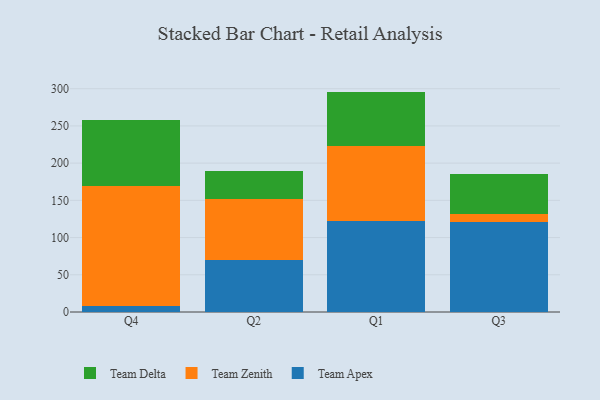
{"axis": {"x": "Quarter", "y": "Backlog"}, "legend": ["Team Apex", "Team Delta", "Team Zenith"], "data": [{"x": "Q4", "y": 8.6, "type": "Team Apex"}, {"x": "Q4", "y": 160.8, "type": "Team Zenith"}, {"x": "Q4", "y": 88.0, "type": "Team Delta"}, {"x": "Q2", "y": 69.3, "type": "Team Apex"}, {"x": "Q2", "y": 82.1, "type": "Team Zenith"}, {"x": "Q2", "y": 38.2, "type": "Team Delta"}, {"x": "Q1", "y": 122.4, "type": "Team Apex"}, {"x": "Q1", "y": 100.9, "type": "Team Zenith"}, {"x": "Q1", "y": 72.8, "type": "Team Delta"}, {"x": "Q3", "y": 121.1, "type": "Team Apex"}, {"x": "Q3", "y": 11.2, "type": "Team Zenith"}, {"x": "Q3", "y": 53.7, "type": "Team Delta"}]}